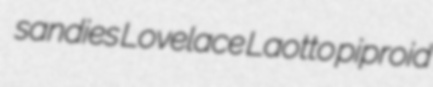
sandies Lovelace Laotto piproid